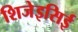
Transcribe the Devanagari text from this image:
शिजेइसिई